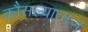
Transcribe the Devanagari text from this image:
कौसल्यात्मज